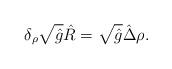
LaTeX: \begin{align*}{\delta_{\rho}}\sqrt{\hat{g}}\hat{R}=\sqrt{\hat{g}}\hat{\Delta}\rho.\end{align*}